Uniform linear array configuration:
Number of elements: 48
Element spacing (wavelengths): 1
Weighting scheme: exponential
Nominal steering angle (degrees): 30
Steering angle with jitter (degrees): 31.771
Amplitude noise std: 0.05
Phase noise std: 0.05

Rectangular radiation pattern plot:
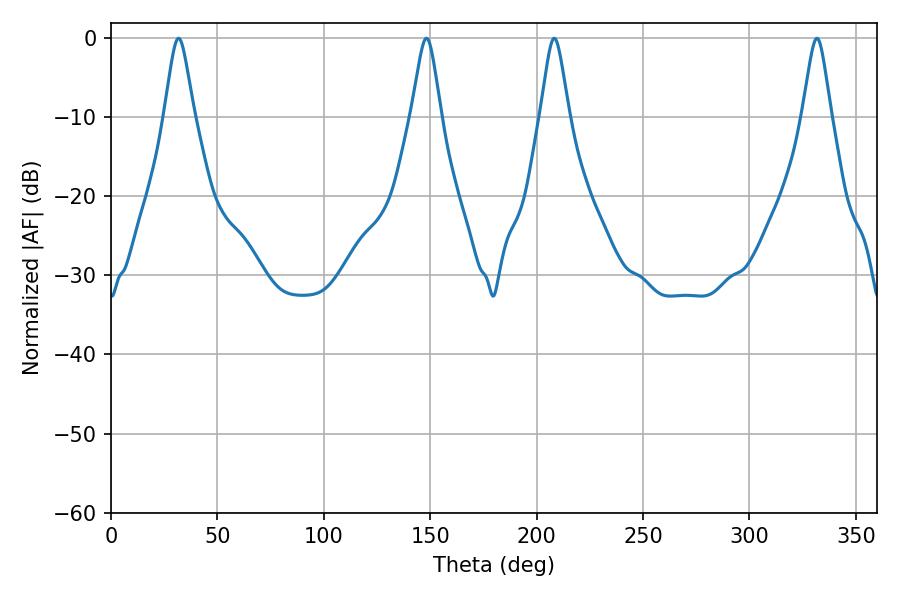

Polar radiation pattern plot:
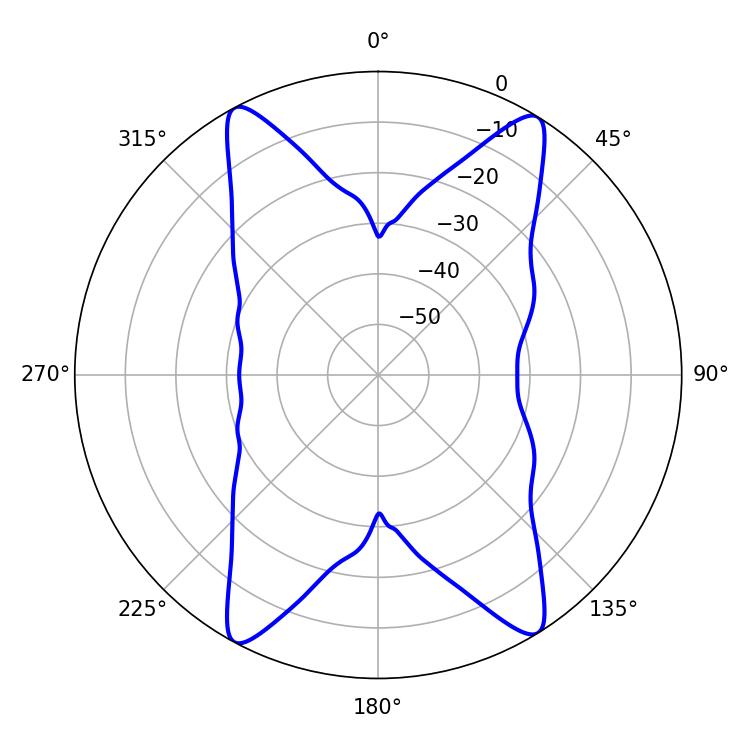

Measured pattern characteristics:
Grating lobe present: TRUE
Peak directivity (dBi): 19.914
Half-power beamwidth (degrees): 6.3
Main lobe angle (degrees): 208.26